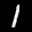
Label: 1